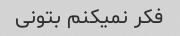
فکر نمیکنم بتونی